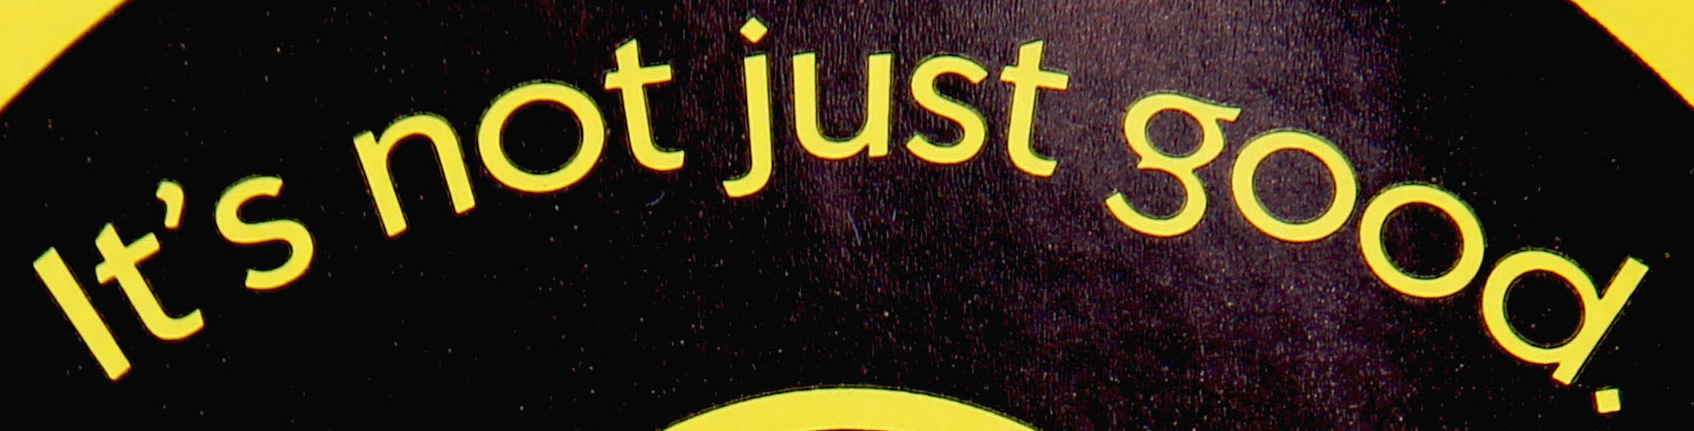
It's not just good.